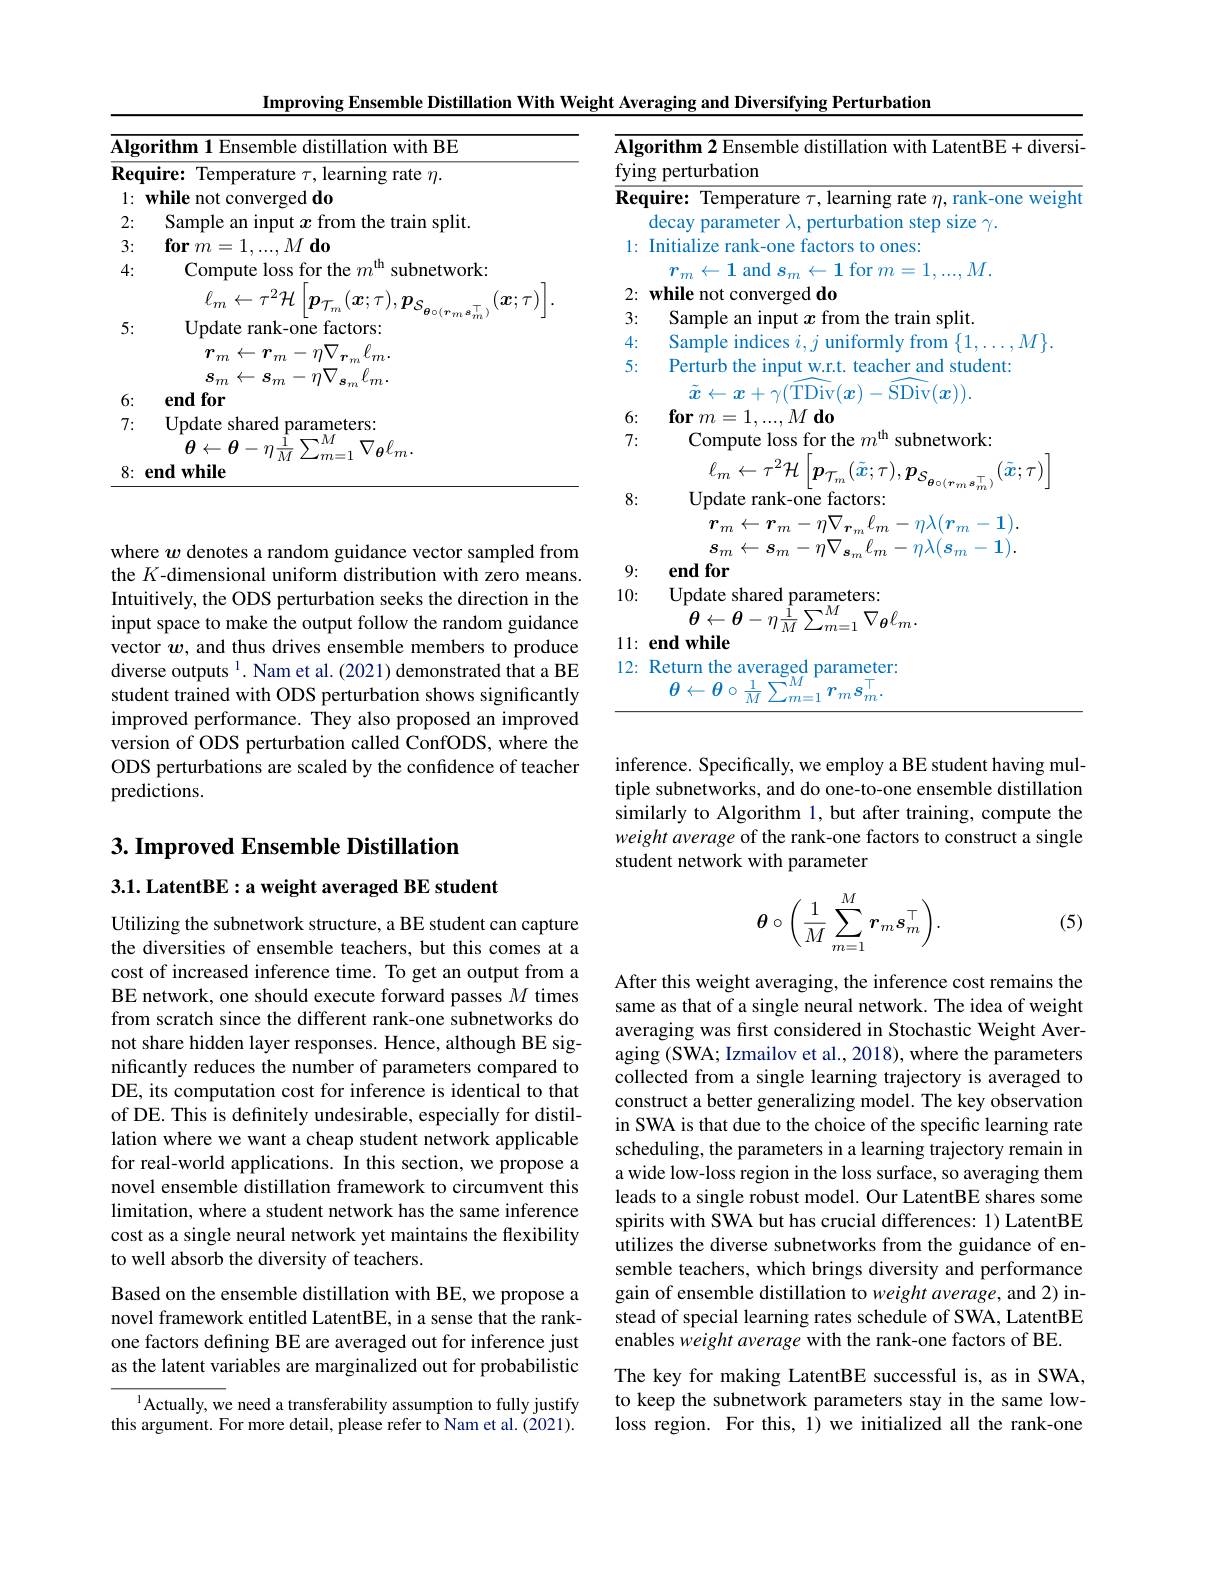
<table>
	<tbody>
		<tr>
			<td>$\overline{\mathbf{Alg}}$</td>
			<td>orithm 1 Ensemble distillation with BE</td>
		</tr>
		<tr>
			<td>2:</td>
			<td>sample 211 Input trom 11 the traun SDlit</td>
		</tr>
		<tr>
			<td>3:</td>
			<td>for 77 $VI$ $d0$</td>
		</tr>
		<tr>
			<td>4:</td>
			<td>Compute loss for the $m^\mathrm{th}$ subnetwork:</td>
		</tr>
		<tr>
			<td>5:</td>
			<td>${}^{0}(\boldsymbol{r}m^{\boldsymbol{s}}\dot{m})$ Update rank-one factors: $r_{m}\leftarrow r_{m}-\eta\nabla_{\boldsymbol{r}}$ $\ell_{m}$</td>
		</tr>
		<tr>
			<td>6:</td>
			<td>end for</td>
		</tr>
		<tr>
			<td>7:</td>
			<td>Update shared parameters:</td>
		</tr>
		<tr>
			<td>8:</td>
			<td>$M$ $Lm=$ $\textbf{end while}$</td>
		</tr>
	</tbody>
</table>

where $w$ denotes a random guidance vector sampled from the $K$-dimensional uniform distribution with zero means. Intuitively, the ODS perturbation seeks the direction in the input space to make the output follow the random guidance vector $w$, and thus drives ensemble members to produce diverse outputs $^{\mathrm{l}}$. Nam et al.(2021) demonstrated that a BE student trained with ODS perturbation shows significantly improved performance. They also proposed an improved version of ODS perturbation called ConfODS, where the ODS perturbations are scaled by the confidence of teacher predictions.

## 3. Improved Ensemble Distillation

3.1. LatentBE: a weight averaged BE student

Utilizing the subnetwork structure, a BE student can capture the diversities of ensemble teachers, but this comes at a cost of increased inference time. To get an output from a BE network, one should execute forward passes $M$ times from scratch since the different rank-one subnetworks do not share hidden layer responses. Hence, although BE significantly reduces the number of parameters compared to DE, its computation cost for inference is identical to that of DE. This is definitely undesirable, especially for distillation where we want a cheap student network applicable for real-world applications. In this section, we propose a novel ensemble distillation framework to circumvent this limitation, where a student network has the same inference cost as a single neural network yet maintains the flexibility to well absorb the diversity of teachers.

Based on the ensemble distillation with BE, we propose a novel framework entitled LatentBE, in a sense that the rankone factors defining BE are averaged out for inference just as the latent variables are marginalized out for probabilistic

$^{1}$Actually, we need a transferability assumption to fully justify this argument. For more detail, please refer to Nam et al. (2021).

Improving Ensemble Distillation With Weight Averaging and Diversifying Perturbation
<table>
	<tbody>
		<tr>
			<td>$Al\xi$ fyir</td>
			<td>gorithm 2 Ensemble distillation with LatentBE+diven ng perturbation</td>
		</tr>
		<tr>
			<td>Rer</td>
			<td>quire: Temperature $\tau$,learning rate $\eta$, rank-one weig decay parameter $\lambda$, perturbation step size $\gamma$</td>
		</tr>
		<tr>
			<td>1:</td>
			<td>Initialize rank-one factors to ones: $r_m\leftarrow1$ and $s_m$ $\leftarrow1$ for $m=1.$ $M.$</td>
		</tr>
		<tr>
			<td>2: T</td>
			<td>$\mathbf{while}$ geddo ${\mathrm{mot}}$</td>
		</tr>
		<tr>
			<td>3: T 1 1 1</td>
			<td>Sample an etrain split</td>
		</tr>
		<tr>
			<td>4:</td>
			<td>Sample 1ndices 1nitor ml trom</td>
		</tr>
		<tr>
			<td>5:</td>
			<td>Perturb the input w.r.t. teacher and student: $v($TDiv$(x)-$SDiv$(x))$</td>
		</tr>
		<tr>
			<td>6: T</td>
			<td>$\mathbf{for}m=$ $M$do 二</td>
		</tr>
		<tr>
			<td>V 7:</td>
			<td>Compute loss for the $m^\mathrm{th}$ subnetwork:</td>
		</tr>
		<tr>
			<td>8:</td>
			<td>Update rank-one factors: $r_{m}\leftarrow r_{m}-\eta$V $1\lambda$ -</td>
		</tr>
		<tr>
			<td>9: T 1 1</td>
			<td>endfor</td>
		</tr>
		<tr>
			<td>10:</td>
			<td>Update shared parameters: $\neg M$ $\theta\leftarrow\theta-\eta\frac{1}{\alpha}$</td>
		</tr>
		<tr>
			<td>11: ·</td>
			<td>$\mathbf{endwhile}$</td>
		</tr>
		<tr>
			<td>12:</td>
			<td>Return the averaged l parameter: $\theta\leftarrow\theta\circ\frac{1}{M}\sum$ 1</td>
		</tr>
	</tbody>
</table>

inference. Specifically, we employ a BE student having multiple subnetworks, and do one-to-one ensemble distillation similarly to Algorithm 1, but after training, compute the weight average of the rank-one factors to construct a single student network with parameter
$$\boldsymbol{\theta}\circ\bigg(\dfrac{1}{M}\sum_{m=1}^M\boldsymbol{r}_m\boldsymbol{s}_m^\top\bigg).$$
(5)

After this weight averaging, the inference cost remains the same as that of a single neural network. The idea of weight averaging was first considered in Stochastic Weight Averaging (SWA; Izmailov et al., 2018), where the parameters collected from a single learning trajectory is averaged to construct a better generalizing model. The key observation in SWA is that due to the choice of the specific learning rate scheduling, the parameters in a learning trajectory remain in a wide low-loss region in the loss surface, so averaging them leads to a single robust model. Our LatentBE shares some spirits with SWA but has crucial differences: 1) LatentBE utilizes the diverse subnetworks from the guidance of ensemble teachers, which brings diversity and performance gain of ensemble distillation to weight average, and 2) instead of special learning rates schedule of SWA, LatentBE enables weight average with the rank-one factors of BE.
The key for making LatentBE successful is, as in SWA, to keep the subnetwork parameters stay in the same low-

loss region. For this, 1) we initialized all the rank-one